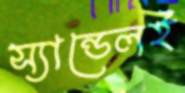
স্যান্ডেলই